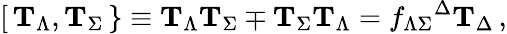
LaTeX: {}[\, {\mathbf T}_{\Lambda},{\mathbf T}_{\Sigma}\, \} \equiv{\mathbf T}_{\Lambda}{\mathbf T}_{\Sigma}\mp{\mathbf T}_{\Sigma}{\mathbf T}_{\Lambda}=f_{\Lambda\Sigma}{}^{\Delta}{\mathbf T}_{\Delta}\, ,